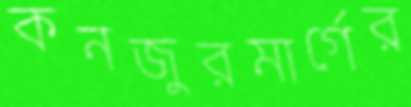
কনজুরমার্গের